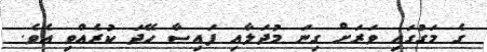
ގެ މަގުގައި ވަރަށް ގިނަ މުދަލާއި ފައިސާ ހޭދަ ކުރެއްވި އެވެ.